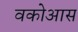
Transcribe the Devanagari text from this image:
वकोआस